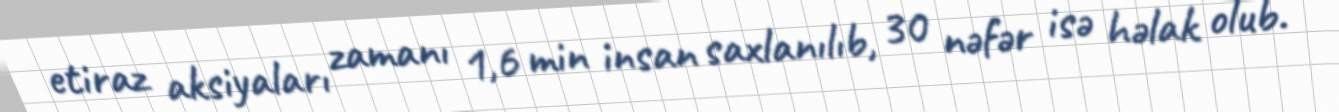
etiraz aksiyaları zamanı 1,6 min insan saxlanılıb, 30 nəfər isə həlak olub.